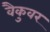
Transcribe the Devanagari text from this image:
वैकुवर